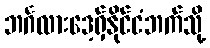
ဘင်္ဂလားဒေ့ရှ်နိုင်ငံဘက်သို့